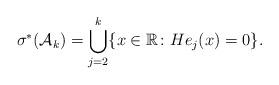
LaTeX: \begin{align*} \sigma^{*}(\mathcal{A}_k) &= \bigcup_{j=2}^{k} \{ x \in \mathbb{R} \colon He_j(x) = 0 \} . \end{align*}